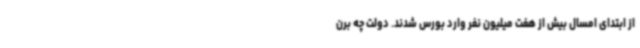
از ابتدای امسال بیش از هفت میلیون نفر وارد بورس شدند. دولت چه برن